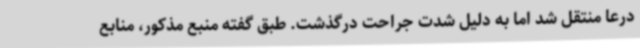
درعا منتقل شد اما به دلیل شدت جراحت درگذشت. طبق گفته منبع مذکور، منابع